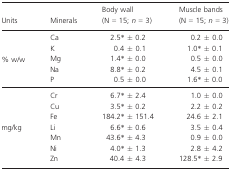
| Units | Minerals | Body wall (N = 15; n = 3) | Muscle bands (N = 15; n = 3) |
 | --- | --- | --- | --- |
 |  | Ca | 2.5*± 0.2 | 0.2 ± 0.0 |
 |  | K | 0.4 ± 0.1 | 1.0* ± 0.1 |
 | % w/w | Mg | 1.4* ± 0.0 | 0.5 ± 0.0 |
 |  | Na | 8.8* ± 0.2 | 4.5 ± 0.1 |
 |  | P | 0.5 ± 0.0 | 1.6* ± 0.0 |
 |  | Cr | 6.7* ± 2.4 | 1.0 ± 0.0 |
 |  | Cu | 3.5* ± 0.2 | 2.2 ± 0.2 |
 |  | Fe | 184.2* ± 151.4 | 24.6 ± 2.1 |
 | mg/kg | Li | 6.6* ± 0.6 | 3.5 ± 0.4 |
 |  | Mn | 43.6* ± 4.3 | 0.9 ± 0.0 |
 |  | Ni | 4.0* ± 1.3 | 2.8 ± 4.2 |
 |  | Zn | 40.4 ± 4.3 | 128.5* ± 2.9 |